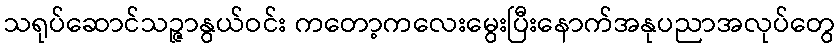
သရုပ်ဆောင်သဉ္ဇာနွယ်ဝင်း ကတော့ကလေးမွေးပြီးနောက်အနုပညာအလုပ်တွေ